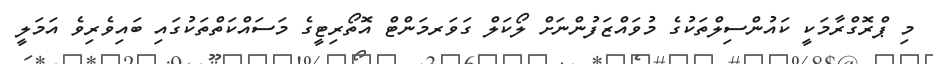
މި ޕްރޮގްރާމަކީ ކައުންސިލްތަކުގެ މުވައްޒަފުންނަށް ލޯކަލް ގަވަރމަންޓް އޮތޯރިޓީގެ މަސައްކަތްތަކުގައި ބައިވެރިވެ އަމަލީ